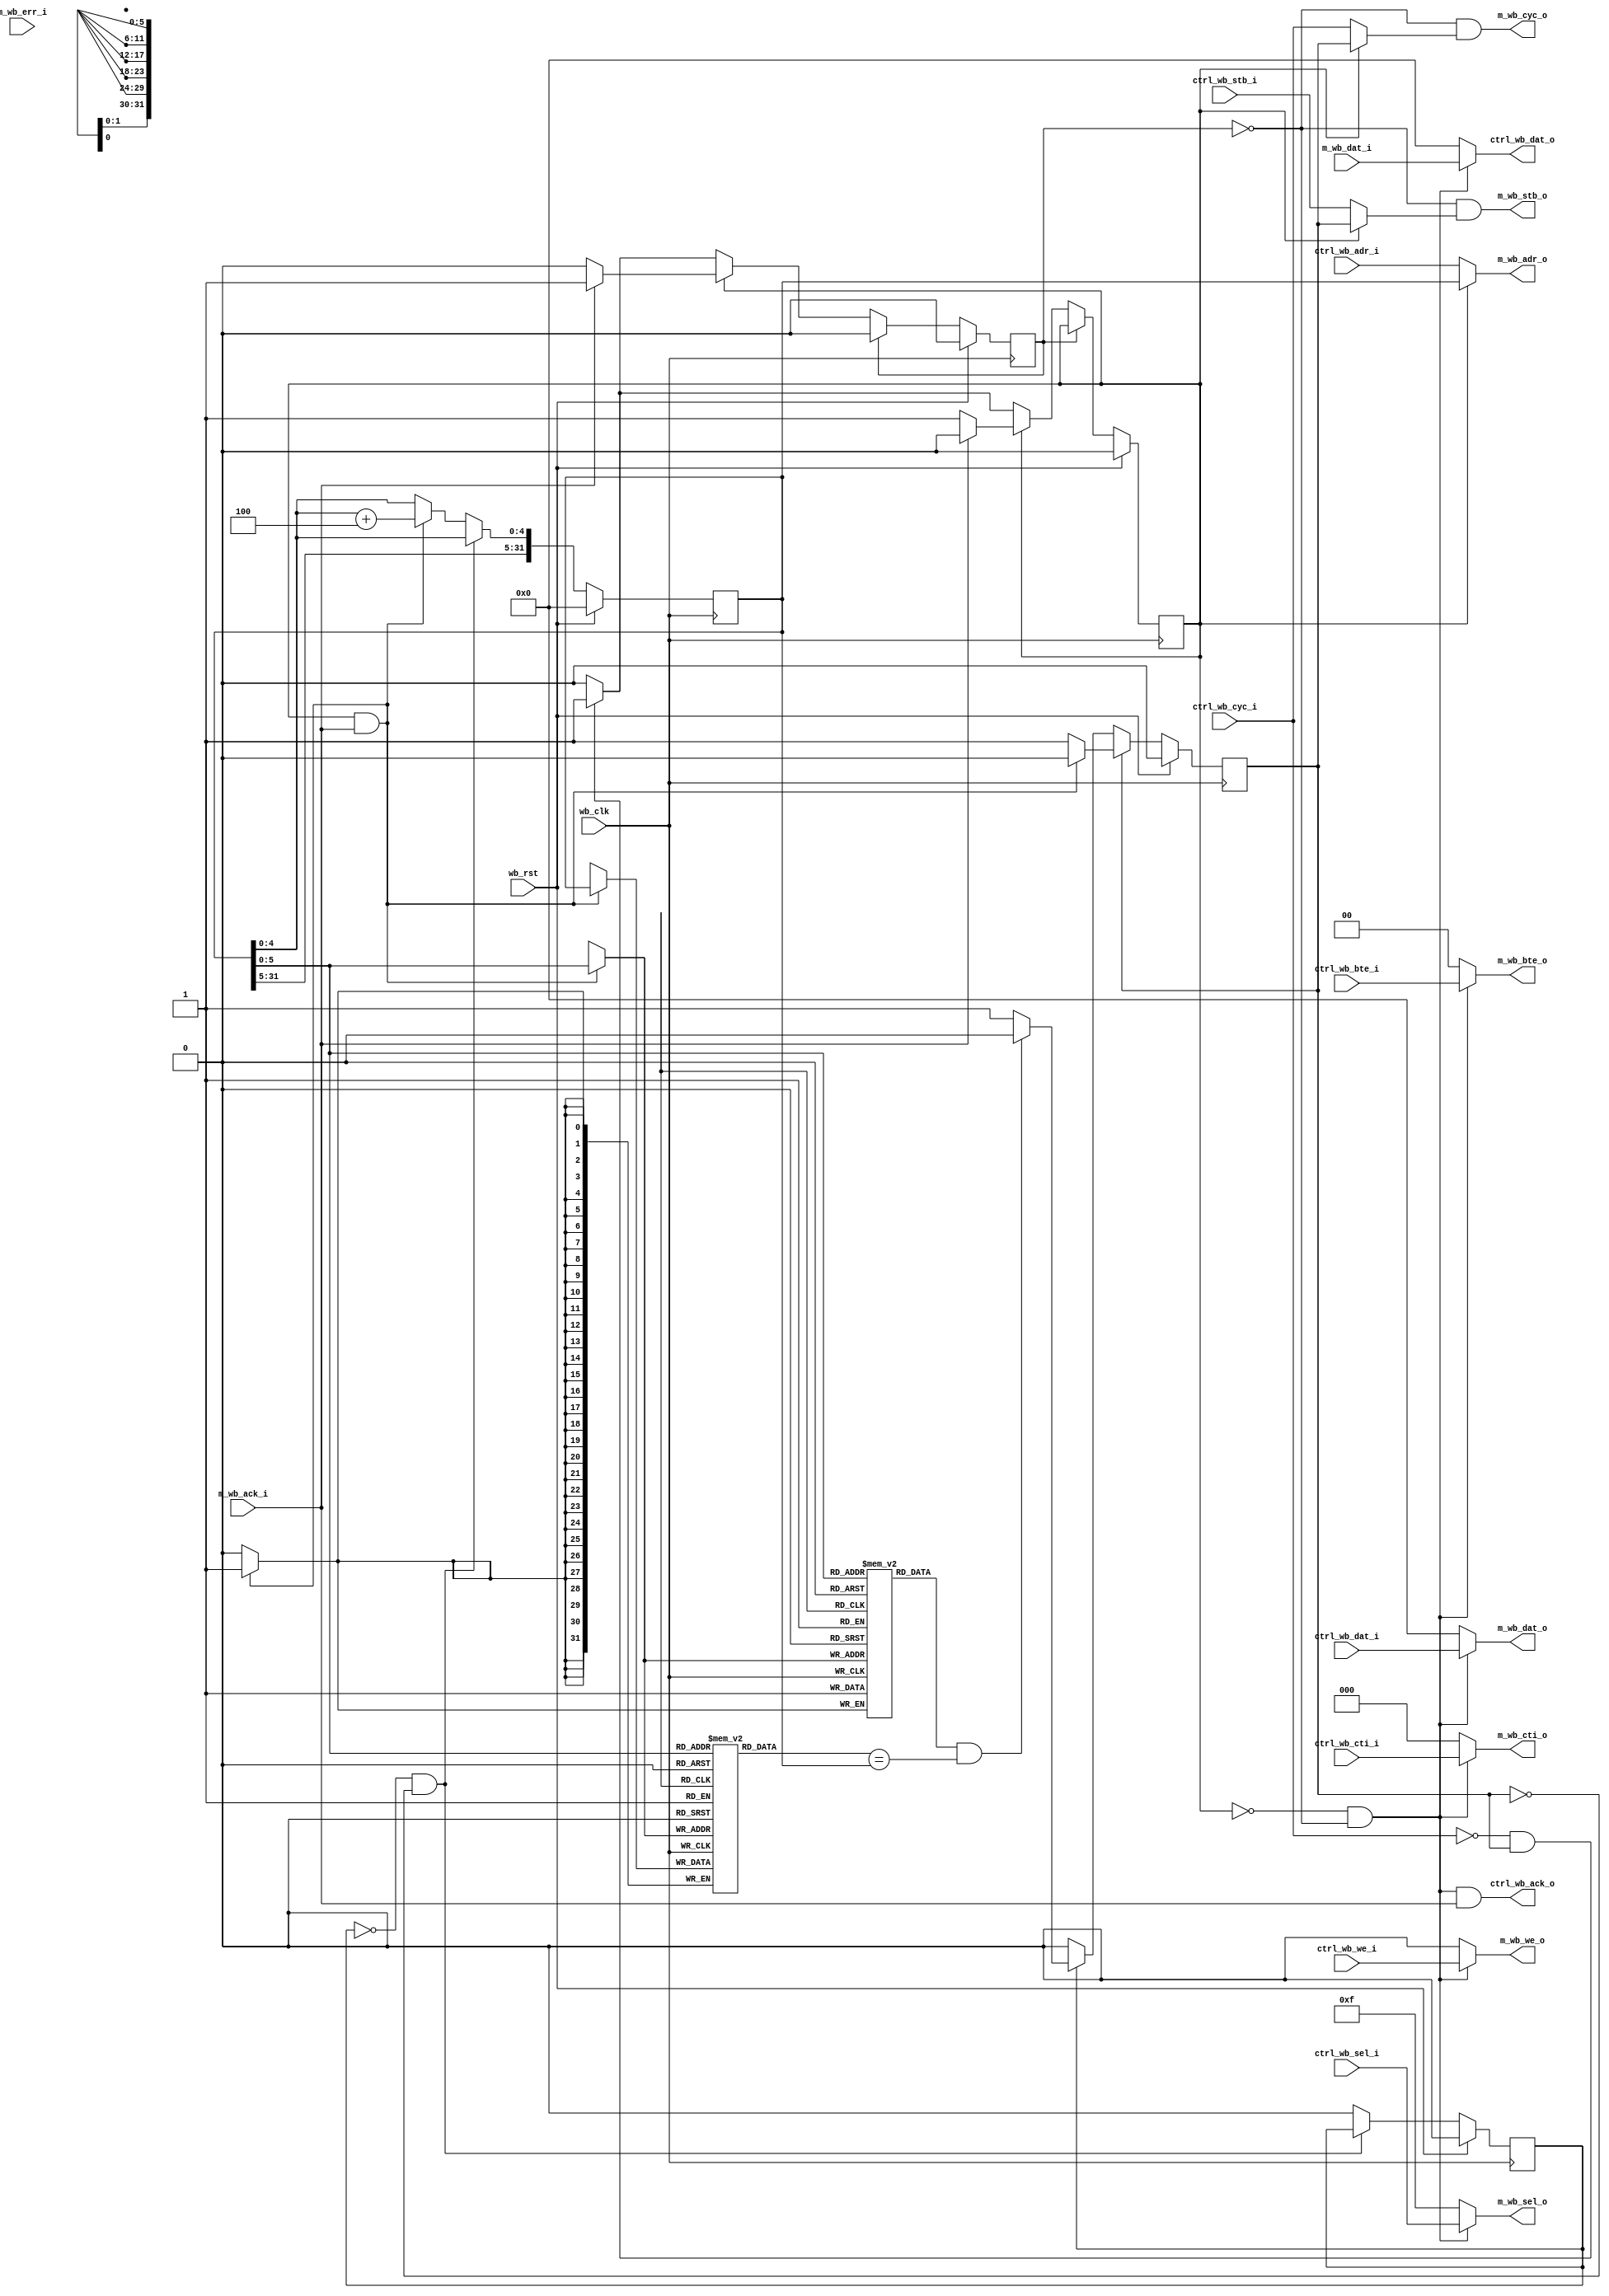
module raycast_master
    (
        // WB Master
       m_wb_adr_o, m_wb_sel_o, m_wb_we_o,
       m_wb_dat_o, m_wb_dat_i, m_wb_cyc_o,
       m_wb_stb_o, m_wb_ack_i, m_wb_err_i,
       m_wb_cti_o, m_wb_bte_o,
        // Controller i/o
        ctrl_wb_adr_i, ctrl_wb_sel_i, ctrl_wb_we_i,
        ctrl_wb_dat_o, ctrl_wb_dat_i, ctrl_wb_cyc_i,
        ctrl_wb_stb_i, ctrl_wb_ack_o,
        ctrl_wb_cti_i, ctrl_wb_bte_i,
        // Core i/o
`ifdef CORE0
        c0_wb_adr_i, c0_wb_dat_o, c0_wb_cyc_i, c0_wb_stb_i,
        c0_wb_ack_o,
`endif
`ifdef CORE1
        c1_wb_adr_i, c1_wb_dat_o, c1_wb_cyc_i, c1_wb_stb_i,
        c1_wb_ack_o,
`endif
`ifdef CORE2
        c2_wb_adr_i, c2_wb_dat_o, c2_wb_cyc_i, c2_wb_stb_i,
        c2_wb_ack_o,
`endif
`ifdef CORE3
        c3_wb_adr_i, c3_wb_dat_o, c3_wb_cyc_i, c3_wb_stb_i,
        c3_wb_ack_o,
`endif
        wb_clk, wb_rst,
    );
    // = Parameters =
    parameter CS = 64, CS_L2 = 6;
    parameter WRAP_BITS = 5;
    parameter WRAP_CNT = 8;
    parameter WRAP_BTE = 2'b00; // 01 for 4-beat, 10 for 8-beat, 11 for 16-beat
    // = Ports =
    input wb_clk;
    input wb_rst;
    // WISHBONE master
   output [31:0]        m_wb_adr_o;
   output [3:0]         m_wb_sel_o;
   output               m_wb_we_o;
   input  [31:0]         m_wb_dat_i;
   output [31:0]        m_wb_dat_o;
   output               m_wb_cyc_o;
   output               m_wb_stb_o;
   input                m_wb_ack_i;
   input                m_wb_err_i;
   output [2:0]         m_wb_cti_o;   // Cycle Type Identifier
   output [1:0]         m_wb_bte_o;   // Burst Type Extension
    input [31:0]    ctrl_wb_adr_i;
    input [3:0]      ctrl_wb_sel_i;
    input            ctrl_wb_we_i;
    output [31:0]    ctrl_wb_dat_o;
    input [31:0]     ctrl_wb_dat_i;
    input            ctrl_wb_cyc_i;
    input            ctrl_wb_stb_i;
    output           ctrl_wb_ack_o;
    input [2:0]     ctrl_wb_cti_i;
    input [1:0]     ctrl_wb_bte_i;
`ifdef CORE0
    input            c0_wb_cyc_i;
    input            c0_wb_stb_i;
    input [31:0]     c0_wb_adr_i;
    output           c0_wb_ack_o;
    output reg [31:0]    c0_wb_dat_o;
    wire c0_wb_req = c0_wb_cyc_i & c0_wb_stb_i;
    assign c0_wb_ack_o = c0_ack & c0_wb_cyc_i;
`else
    wire [31:0] c0_wb_adr_i = 0;
    reg [31:0] c0_wb_dat_o;
    wire c0_wb_req = 0;
`endif
`ifdef CORE1
    input            c1_wb_cyc_i;
    input            c1_wb_stb_i;
    input [31:0]     c1_wb_adr_i;
    output           c1_wb_ack_o;
    output reg [31:0]    c1_wb_dat_o;
    wire c1_wb_req = c1_wb_cyc_i & c1_wb_stb_i;
    assign c1_wb_ack_o = c1_ack & c1_wb_cyc_i;
`else
    wire [31:0] c1_wb_adr_i = 0;
    reg [31:0] c1_wb_dat_o;
    wire c1_wb_req = 0;
`endif
`ifdef CORE2
    input            c2_wb_cyc_i;
    input            c2_wb_stb_i;
    input [31:0]     c2_wb_adr_i;
    output           c2_wb_ack_o;
    output reg [31:0]    c2_wb_dat_o;
    wire c2_wb_req = c2_wb_cyc_i & c2_wb_stb_i;
    assign c2_wb_ack_o = c2_ack & c2_wb_cyc_i;
`else
    wire [31:0] c2_wb_adr_i = 0;
    reg [31:0] c2_wb_dat_o;
    wire c2_wb_req = 0;
`endif
`ifdef CORE3
    input            c3_wb_cyc_i;
    input            c3_wb_stb_i;
    input [31:0]     c3_wb_adr_i;
    output           c3_wb_ack_o;
    output reg [31:0]    c3_wb_dat_o;
    wire c3_wb_req = c3_wb_cyc_i & c3_wb_stb_i;
    assign c3_wb_ack_o = c3_ack & c3_wb_cyc_i;
`else
    wire [31:0] c3_wb_adr_i = 0;
    reg [31:0] c3_wb_dat_o;
    wire c3_wb_req = 0;
`endif
    // == Registers/memories =
    reg cache_updating;
    reg [3:0] servicing_core;
    reg c0_ack, c1_ack, c2_ack, c3_ack;
    reg reading_cache;
    reg cache_did_write;
    reg cache_wb_cyc;
    reg [2:0] cache_wb_cti;
    reg [2:0] cache_burst_cnt;
    reg m_wb_blank;
    reg [31:0] cache_adr;
    reg [31:0] cache [0:CS-1];
    reg [31:0] tags [0:CS-1];
    reg valid [0:CS-1];
    reg [31:0] cache_hits = 0;
    reg [31:0] cache_miss = 0;
    // ==
    wire [CS_L2-1:0] cache_ptr = cache_adr[CS_L2-1:0];
    wire [31:0] cache_out = cache[cache_ptr];
    wire [31:0] tags_out = tags[cache_ptr];
    wire valid_out = valid[cache_ptr];
    wire cache_hit = (valid_out==1) && (tags[cache_ptr]==cache_adr);
    wire [WRAP_BITS-1:0] cache_wrap_inc = cache_adr[WRAP_BITS:0]+4'd4;
    wire cache_write = cache_updating && m_wb_ack_i;
    assign m_wb_cyc_o = !m_wb_blank & (!cache_updating ? ctrl_wb_cyc_i : cache_wb_cyc) ;
    assign m_wb_stb_o = !m_wb_blank & (!cache_updating ? ctrl_wb_stb_i : cache_wb_cyc) ;
    assign m_wb_adr_o = !cache_updating ? ctrl_wb_adr_i : cache_adr ;
    assign m_wb_sel_o = (!cache_updating & !m_wb_blank) ? ctrl_wb_sel_i : 4'b1111 ;
    assign m_wb_we_o  = (!cache_updating & !m_wb_blank) ? ctrl_wb_we_i  : 0 ;
    assign m_wb_dat_o = (!cache_updating & !m_wb_blank) ? ctrl_wb_dat_i : 0 ;
    assign m_wb_cti_o = (!cache_updating & !m_wb_blank) ? ctrl_wb_cti_i : 0;//cache_wb_cti ;
    assign m_wb_bte_o = (!cache_updating & !m_wb_blank) ? ctrl_wb_bte_i : WRAP_BTE ;
    assign ctrl_wb_dat_o = (!cache_updating & !m_wb_blank) ? m_wb_dat_i: 32'b0;
    assign ctrl_wb_ack_o = !m_wb_blank & !cache_updating & m_wb_ack_i;
    always @(posedge wb_clk) begin
        if (wb_rst) begin
            cache_updating <= 0;
            m_wb_blank <= 0;
        end
        else begin
            if (m_wb_blank) begin
                m_wb_blank <= 0;
            end
            else begin
                if (cache_updating) begin
                    if (m_wb_ack_i) begin
                        // cache_burst_cnt <= cache_burst_cnt-1;
                        // if (cache_burst_cnt==1) begin
                        //     cache_wb_cti <= 3'b111;
                        // end
                        // if (cache_burst_cnt==0) begin
                            cache_updating <= 0;
                            m_wb_blank <= 1;
                        // end
                    end
                end
                else if (!ctrl_wb_cyc_i && cache_wb_cyc) begin
                    cache_updating <= 1;
                    m_wb_blank <= 1;
                    // cache_wb_cti <= 3'b010;
                    // cache_burst_cnt <= WRAP_CNT-1;
                end
            end
        end
    end
    always @(posedge wb_clk) begin
        if (wb_rst) begin
            servicing_core <= 4'b0;
            reading_cache <= 0;
            cache_adr <= 0;
        end
        else if (!reading_cache && !cache_wb_cyc) begin
            if (c0_wb_req && !c0_ack) begin
                cache_adr <= c0_wb_adr_i;
                servicing_core[0] <= 1;
                reading_cache <= 1;
            end else
            if (c1_wb_req && !c1_ack) begin
                cache_adr <= c1_wb_adr_i;
                servicing_core[1] <= 1;
                reading_cache <= 1;
            end else
            if (c2_wb_req && !c2_ack) begin
                cache_adr <= c2_wb_adr_i;
                servicing_core[2] <= 1;
                reading_cache <= 1;
            end else
            if (c3_wb_req && !c3_ack) begin
                cache_adr <= c3_wb_adr_i;
                servicing_core[3] <= 1;
                reading_cache <= 1;
            end
        end
        else begin
            reading_cache <= 0;
            if (cache_write)
                cache_adr <= {cache_adr[31:WRAP_BITS], cache_wrap_inc};
            if (cache_hit || cache_write)
                servicing_core <= 0;
        end
    end
    always @(posedge wb_clk) begin
        if (wb_rst) begin
            // c0_wb_dat_o <= 0;
            // c1_wb_dat_o <= 0;
            // c2_wb_dat_o <= 0;
            // c3_wb_dat_o <= 0;
            cache_wb_cyc <= 0;
        end
        else if (cache_wb_cyc) begin
            if (cache_write) begin
                cache_miss = cache_miss + 1;
                if (servicing_core[0]) begin
                    c0_wb_dat_o <= m_wb_dat_i;
                end
                if (servicing_core[1]) begin
                    c1_wb_dat_o <= m_wb_dat_i;
                end
                if (servicing_core[2]) begin
                    c2_wb_dat_o <= m_wb_dat_i;
                end
                if (servicing_core[3]) begin
                    c3_wb_dat_o <= m_wb_dat_i;
                end
                // if (cache_burst_cnt==0)
                    cache_wb_cyc <= 0;
            end
        end
        else if (reading_cache) begin
            if (cache_hit) begin
                cache_hits = cache_hits + 1;
                if (servicing_core[0]) begin
                    c0_wb_dat_o <= cache_out;
                end
                if (servicing_core[1]) begin
                    c1_wb_dat_o <= cache_out;
                end
                if (servicing_core[2]) begin
                    c2_wb_dat_o <= cache_out;
                end
                if (servicing_core[3]) begin
                    c3_wb_dat_o <= cache_out;
                end
            end
            else begin
                cache_wb_cyc <= 1;
            end
        end
    end
    always @(posedge wb_clk)
    begin
        if (cache_write) begin
            cache_did_write <= 1;
            cache[cache_ptr] <= m_wb_dat_i;
            tags[cache_ptr] <= cache_adr;
            valid[cache_ptr] <= 1;
        end
        else begin
            cache_did_write <= 0;
        end
    end
    always @(posedge wb_clk)
        if (wb_rst)
            c0_ack <= 0;
        else if (c0_ack)
            c0_ack <= 0;
        else if (servicing_core[0]) begin
            if (cache_did_write)
                c0_ack <= 1;
            else if (reading_cache && cache_hit)
                c0_ack <= 1;
        end
    always @(posedge wb_clk)
        if (wb_rst)
            c1_ack <= 0;
        else if (c1_ack)
            c1_ack <= 0;
        else if (servicing_core[1]) begin
            if (cache_did_write)
                c1_ack <= 1;
            else if (reading_cache && cache_hit)
                c1_ack <= 1;
        end
    always @(posedge wb_clk)
        if (wb_rst)
            c2_ack <= 0;
        else if (c2_ack)
            c2_ack <= 0;
        else if (servicing_core[2]) begin
            if (cache_did_write)
                c2_ack <= 1;
            else if (reading_cache && cache_hit)
                c2_ack <= 1;
        end
    always @(posedge wb_clk)
        if (wb_rst)
            c3_ack <= 0;
        else if (c3_ack)
            c3_ack <= 0;
        else if (servicing_core[3]) begin
            if (cache_did_write)
                c3_ack <= 1;
            else if (reading_cache && cache_hit)
                c3_ack <= 1;
        end
    integer k;
    initial
        for (k = 0; k < CS - 1; k = k + 1)
        begin
            cache[k] = 0;
            tags[k] = 0;
            valid[k] = 0;
        end
endmodule